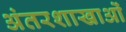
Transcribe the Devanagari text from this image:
अंतरशाखाओं